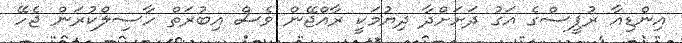
އިންޑިއާ ރުޕީސްގެ އަގު ދަށަށްދާ ދިޔުމަކީ ރާއްޖޭން ވެސް އިބުރަތް ހާސިލްކުރަން ޖެހޭ